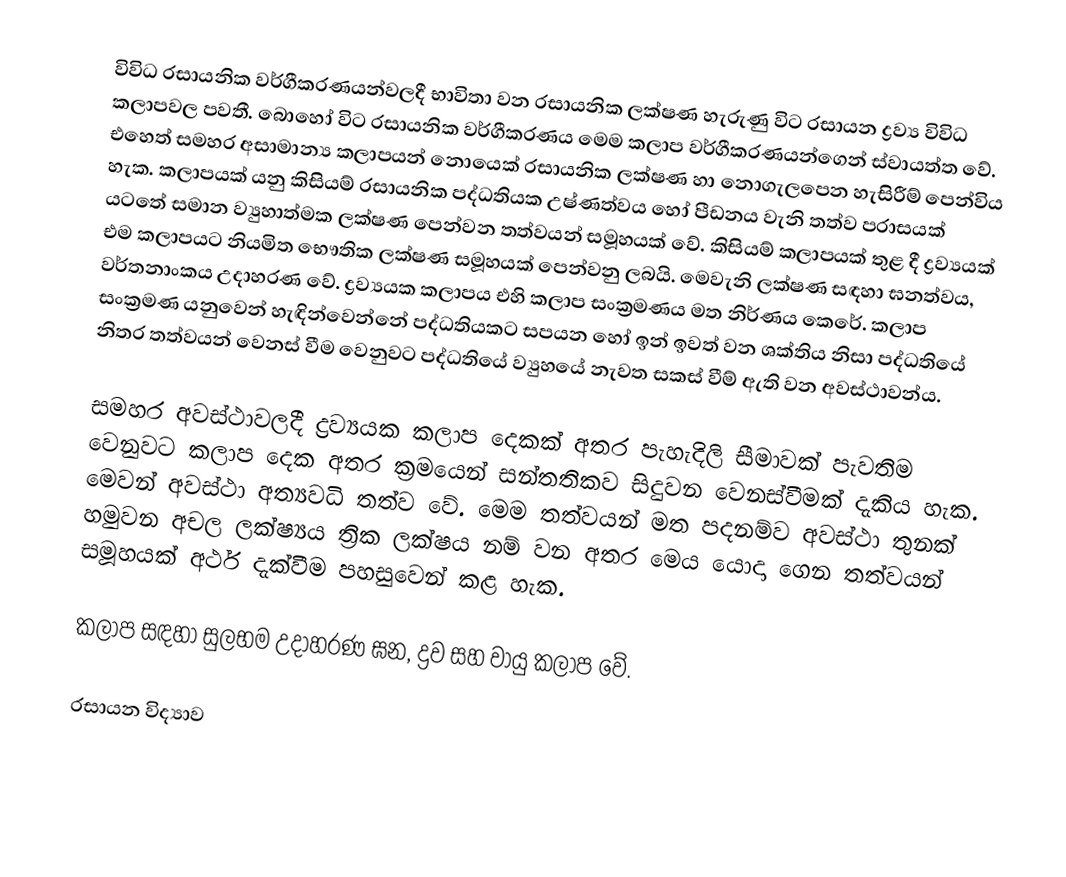
විවිධ රසායනික වර්ගීකරණයන්වලදී භාවිතා වන රසායනික ලක්ෂණ හැරුණු විට රසායන ද්‍රව්‍ය විවිධ කලාපවල පවතී. බොහෝ විට රසායනික වර්ගීකරණය මෙම කලාප වර්ගීකරණයන්ගෙන් ස්වායත්ත වේ. එහෙත් සමහර අසාමාන්‍ය කලාපයන් නොයෙක් රසායනික ලක්ෂණ හා නොගැලපෙන හැසිරීම් පෙන්විය හැක. කලාපයක් යනු කිසියම් රසායනික පද්ධතියක උෂ්ණත්වය හෝ පීඩනය වැනි තත්ව පරාසයක් යටතේ සමාන ව්‍යුහාත්මක ලක්ෂණ පෙන්වන තත්වයන් සමූහයක් වේ. කිසියම් කලාපයක් තුළ දී ද්‍රව්‍යයක් එම කලාපයට නියමිත භෞතික ලක්ෂණ සමූහයක් පෙන්වනු ලබයි. මෙවැනි ලක්ෂණ සඳහා ඝනත්වය, වර්තනාංකය උදාහරණ වේ. ද්‍රව්‍යයක කලාපය එහි කලාප සංක්‍රමණය මත නිර්ණය කෙරේ. කලාප සංක්‍රමණ යනුවෙන් හැඳින්වෙන්නේ පද්ධතියකට සපයන හෝ ඉන් ඉවත් වන ශක්තිය නිසා පද්ධතියේ නිතර තත්වයන් වෙනස් වීම වෙනුවට පද්ධතියේ ව්‍යුහයේ නැවත සකස් වීම් ඇති වන අවස්ථාවන්ය.

සමහර අවස්ථාවලදී ද්‍රව්‍යයක කලාප දෙකක් අතර පැහැදිලි සීමාවක් පැවතිම වෙනුවට කලාප දෙක අතර ක්‍රමයෙන් සන්තතිකව සිදුවන වෙනස්වීමක් දැකිය හැක. මෙවන් අවස්ථා අත්‍යවධි තත්ව වේ. මෙම තත්වයන් මත පදනම්ව අවස්ථා තුනක් හමුවන අචල ලක්ෂ්‍යය ත්‍රික ලක්ෂය නම් වන අතර මෙය යොදා ගෙන තත්වයන් සමූහයක් අර්ථ දැක්වීම පහසුවෙන් කළ හැක.

කලාප සඳහා සුලභම උදාහරණ ඝන, ද්‍රව සහ වායු කලාප වේ.

රසායන විද්‍යාව